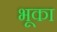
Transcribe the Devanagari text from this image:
भूका